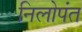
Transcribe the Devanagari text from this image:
निलोपंत